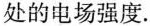
处的电场强度.